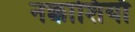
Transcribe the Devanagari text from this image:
नक्काशियाँ